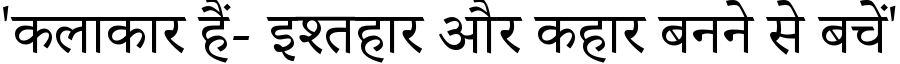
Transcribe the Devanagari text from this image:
'कलाकार हैं- इश्तहार और कहार बनने से बचें'